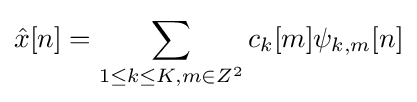
{\hat {x}}[n]=\sum _{1\leq k\leq K,m\in Z^{2}}c_{k}[m]\psi _{k,m}[n]